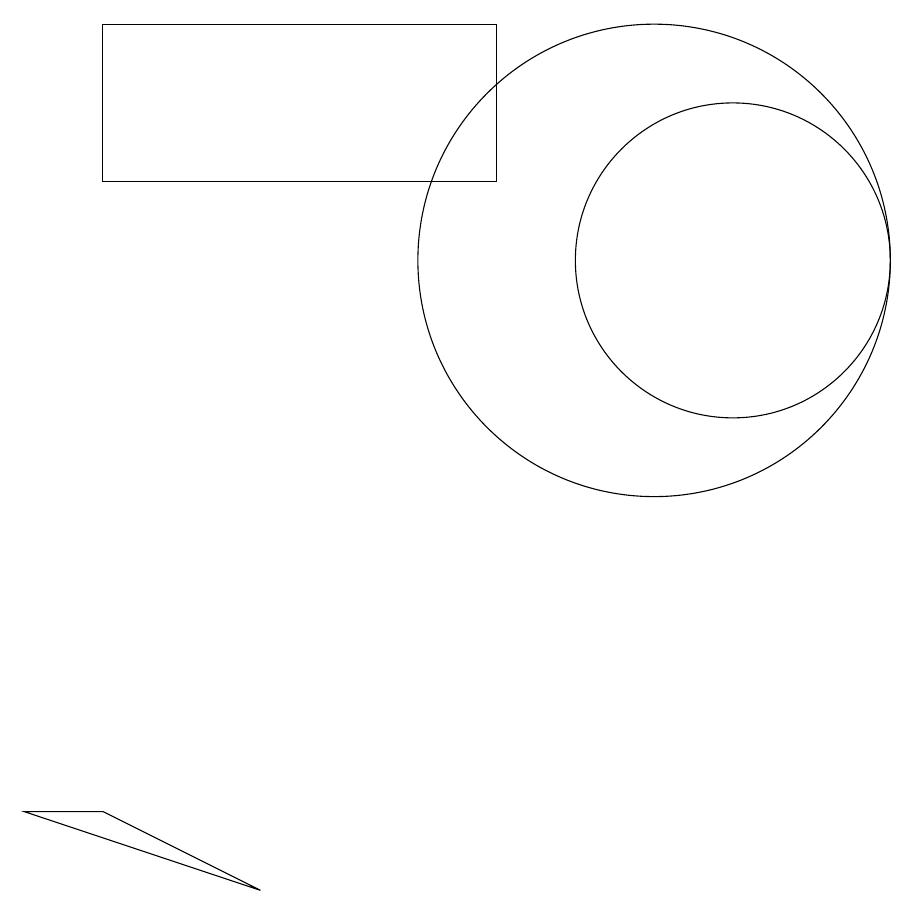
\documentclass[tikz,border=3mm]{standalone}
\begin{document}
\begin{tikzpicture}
\draw (3,3) -- (2,3) -- (5,2) -- cycle;
\draw (11,10) circle (2);
\draw (10,10) circle (3);
\draw (8,13) rectangle (3,11);
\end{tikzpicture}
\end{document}